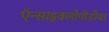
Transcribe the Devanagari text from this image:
ऍन्साइक्लोपीडीया